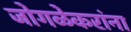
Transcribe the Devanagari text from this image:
जोगळेकरांना